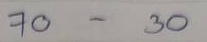
70 - 30